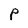
Character: p